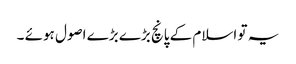
یہ تو اسلام کے پانچ بڑے بڑے اصول ہوئے ۔